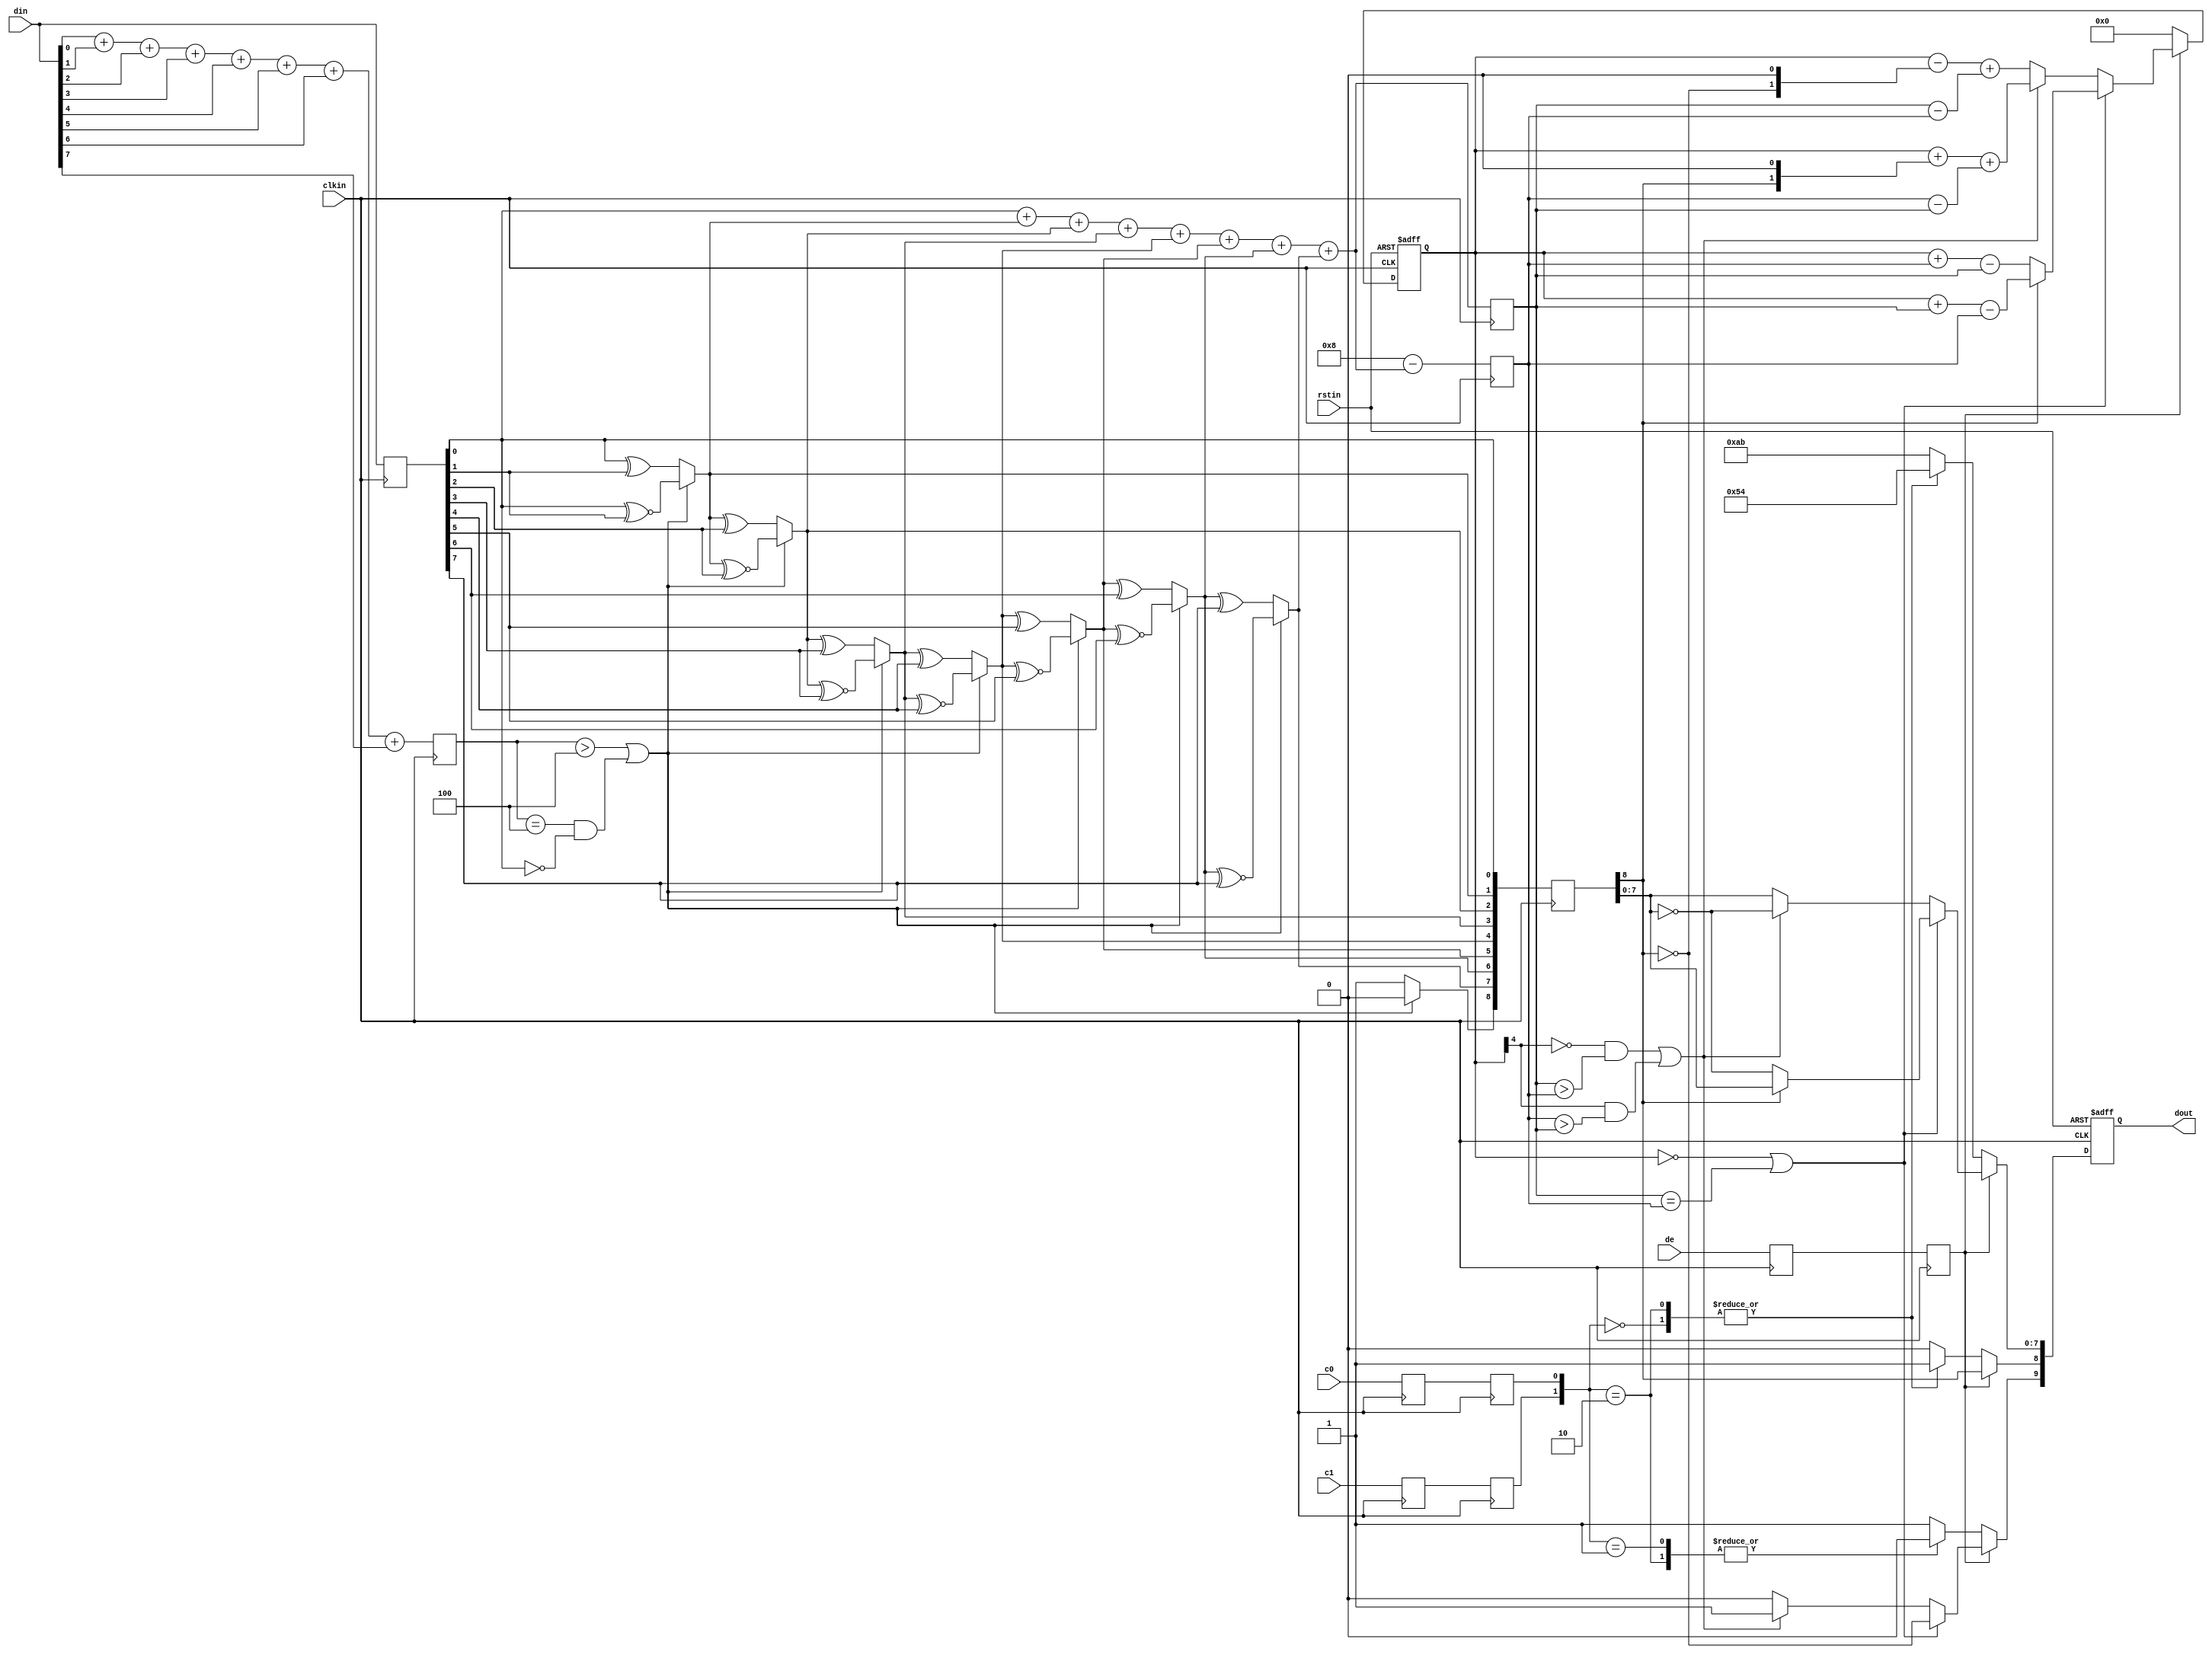
//////////////////////////////////////////////////////////////////////////////
//
//  Xilinx, Inc. 2008                 www.xilinx.com
//
//////////////////////////////////////////////////////////////////////////////
//
//
//  Description :     TMDS encoder  
//
//  Date - revision : Jan. 2008 - v 1.0
//
//
//  Disclaimer: LIMITED WARRANTY AND DISCLAMER. These designs are
//              provided to you "as is". Xilinx and its licensors make and you
//              receive no warranties or conditions, express, implied,
//              statutory or otherwise, and Xilinx specifically disclaims any
//              implied warranties of merchantability, non-infringement,or
//              fitness for a particular purpose. Xilinx does not warrant that
//              the functions contained in these designs will meet your
//              requirements, or that the operation of these designs will be
//              uninterrupted or error free, or that defects in the Designs
//              will be corrected. Furthermore, Xilinx does not warrantor
//              make any representations regarding use or the results of the
//              use of the designs in terms of correctness, accuracy,
//              reliability, or otherwise.
//
//              LIMITATION OF LIABILITY. In no event will Xilinx or its
//              licensors be liable for any loss of data, lost profits,cost
//              or procurement of substitute goods or services, or for any
//              special, incidental, consequential, or indirect damages
//              arising from the use or operation of the designs or
//              accompanying documentation, however caused and on any theory
//              of liability. This limitation will apply even if Xilinx
//              has been advised of the possibility of such damage. This
//              limitation shall apply not-withstanding the failure of the
//              essential purpose of any limited remedies herein.
//
//  Copyright  2006 Xilinx, Inc.
//  All rights reserved
//
//////////////////////////////////////////////////////////////////////////////  

`timescale 1 ps / 1ps

module encode (
  input clkin,
  input rstin,
  input [7:0] din,
  input c0,
  input c1,
  input de,
  output reg [9:0] dout
);

  reg [3:0] n1d;
  reg [7:0] din_q;

  always @ (posedge clkin) begin
    n1d <=#1 din[0] + din[1] + din[2] + din[3] + din[4] + din[5] + din[6] + din[7];
    din_q <=#1 din;
  end

  wire decision1 = (n1d > 4'h4) | ((n1d == 4'h4) & (din_q[0] == 1'b0));

  wire [8:0] q_m;
  assign q_m[0] = din_q[0];
  assign q_m[1] = (decision1) ? (q_m[0] ^~ din_q[1]) : (q_m[0] ^ din_q[1]);
  assign q_m[2] = (decision1) ? (q_m[1] ^~ din_q[2]) : (q_m[1] ^ din_q[2]);
  assign q_m[3] = (decision1) ? (q_m[2] ^~ din_q[3]) : (q_m[2] ^ din_q[3]);
  assign q_m[4] = (decision1) ? (q_m[3] ^~ din_q[4]) : (q_m[3] ^ din_q[4]);
  assign q_m[5] = (decision1) ? (q_m[4] ^~ din_q[5]) : (q_m[4] ^ din_q[5]);
  assign q_m[6] = (decision1) ? (q_m[5] ^~ din_q[6]) : (q_m[5] ^ din_q[6]);
  assign q_m[7] = (decision1) ? (q_m[6] ^~ din_q[7]) : (q_m[6] ^ din_q[7]);
  assign q_m[8] = (decision1) ? 1'b0 : 1'b1;

  reg [3:0] n1q_m, n0q_m;
  always @ (posedge clkin) begin
    n1q_m  <=#1 q_m[0] + q_m[1] + q_m[2] + q_m[3] + q_m[4] + q_m[5] + q_m[6] + q_m[7];
    n0q_m  <=#1 4'h8 - (q_m[0] + q_m[1] + q_m[2] + q_m[3] + q_m[4] + q_m[5] + q_m[6] + q_m[7]);
  end

  parameter CTRLTOKEN0 = 10'b1101010100;
  parameter CTRLTOKEN1 = 10'b0010101011;
  parameter CTRLTOKEN2 = 10'b0101010100;
  parameter CTRLTOKEN3 = 10'b1010101011;

  reg [4:0] cnt;

  wire decision2 = (cnt == 5'h0) | (n1q_m == n0q_m);
  wire decision3 = (~cnt[4] & (n1q_m > n0q_m)) | (cnt[4] & (n0q_m > n1q_m));

  reg       de_q, de_reg;
  reg       c0_q, c1_q;
  reg       c0_reg, c1_reg;
  reg [8:0] q_m_reg;

  always @ (posedge clkin) begin
    de_q    <=#1 de;
    de_reg  <=#1 de_q;
    
    c0_q    <=#1 c0;
    c0_reg  <=#1 c0_q;
    c1_q    <=#1 c1;
    c1_reg  <=#1 c1_q;

    q_m_reg <=#1 q_m;
  end

  always @ (posedge clkin or posedge rstin) begin
    if(rstin) begin
      dout <= 10'h0;
      cnt <= 5'h0;
    end else begin
      if (de_reg) begin
        if(decision2) begin
          dout[9]   <=#1 ~q_m_reg[8]; 
          dout[8]   <=#1 q_m_reg[8]; 
          dout[7:0] <=#1 (q_m_reg[8]) ? q_m_reg[7:0] : ~q_m_reg[7:0];

          cnt <=#1 (~q_m_reg[8]) ? (cnt + n0q_m - n1q_m) : (cnt + n1q_m - n0q_m);
        end else begin
          if(decision3) begin
            dout[9]   <=#1 1'b1;
            dout[8]   <=#1 q_m_reg[8];
            dout[7:0] <=#1 ~q_m_reg[7:0];

            cnt <=#1 cnt + {q_m_reg[8], 1'b0} + (n0q_m - n1q_m);
          end else begin
            dout[9]   <=#1 1'b0;
            dout[8]   <=#1 q_m_reg[8];
            dout[7:0] <=#1 q_m_reg[7:0];

            cnt <=#1 cnt - {~q_m_reg[8], 1'b0} + (n1q_m - n0q_m);
          end
        end
      end else begin
        case ({c1_reg, c0_reg})
          2'b00:   dout <=#1 CTRLTOKEN0;
          2'b01:   dout <=#1 CTRLTOKEN1;
          2'b10:   dout <=#1 CTRLTOKEN2;
          default: dout <=#1 CTRLTOKEN3;
        endcase

        cnt <=#1 5'h0;
      end
    end
  end
  
endmodule